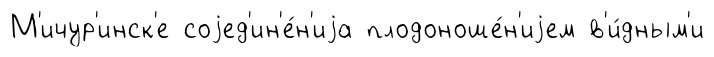
М'ичур'инск'е соjед'ин'е́н'иjа плодоноше́н'иjем в'и́дным'и